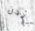
آيدن